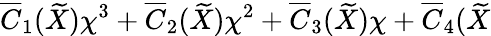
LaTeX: \overline{{{C}}}_{1}(\widetilde{X})\chi^{3}+\overline{{{C}}}_{2}(\widetilde{X})\chi^{2}+\overline{{{C}}}_{3}(\widetilde{X})\chi+\overline{{{C}}}_{4}(\widetilde{X}